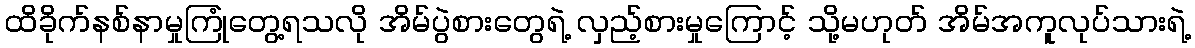
ထိခိုက်နစ်နာမှုကြုံတွေ့ရသလို အိမ်ပွဲစားတွေရဲ့ လှည့်စားမှုကြောင့် သို့မဟုတ် အိမ်အကူလုပ်သားရဲ့